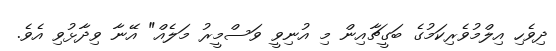
ދިވެހި އިލްމުވެރިކަމުގެ ބަގީޗާއިން މި އުނިވީ ވަސްމީރު މަލެއް" އޭނާ ވިދާޅުވި އެވެ.